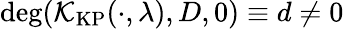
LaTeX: \deg(\mathcal{K}_{\mathrm{KP}}(\cdot,\lambda),D,0)\equiv d\neq 0